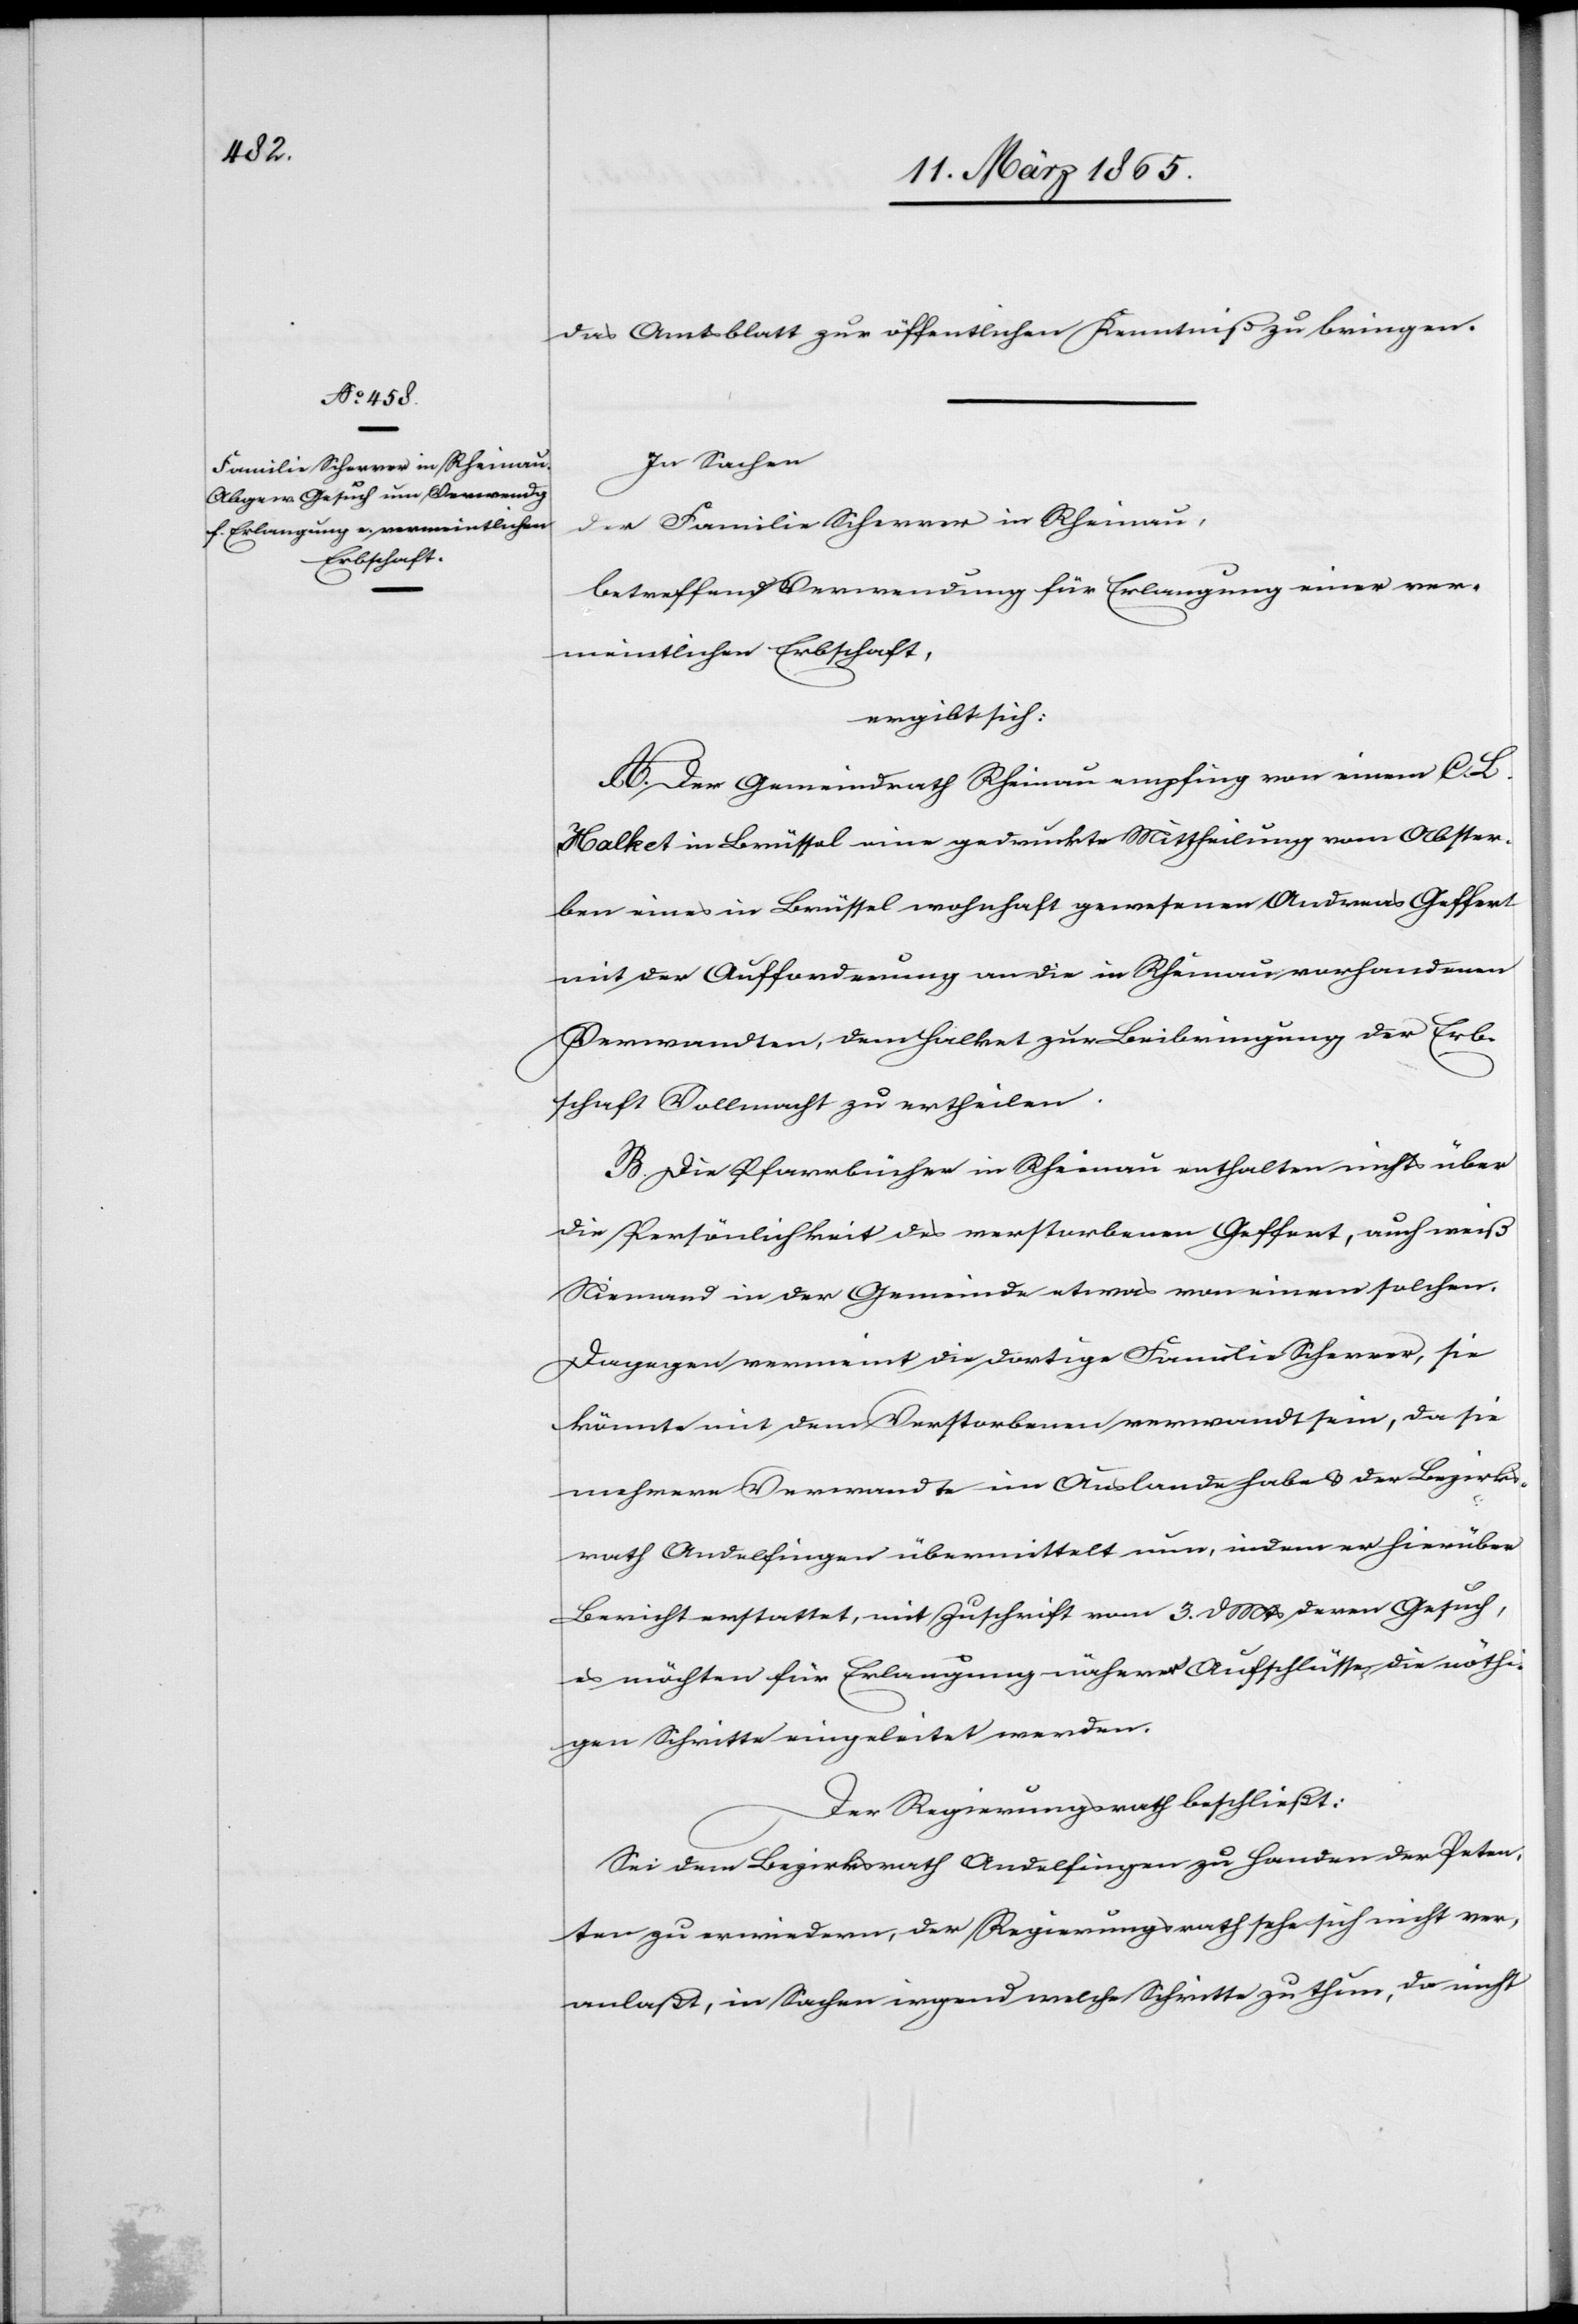
das Amtsblatt zur öffentlichen Kenntniß zu bringen.
In Sachen
der Familie Scherrer in Rheinau,
betreffend Verwendung für Erlangung einer ver¬
meintlichen Erbschaft,
A. Der Gemeindrath Rheinau empfing von einem C.
Halket in Brüssel eine gedruckte Mittheilung vom Abster¬
ben eines in Brüssel wohnhaft gewesenen Andreas Geffert
mit der Aufforderung an die in Rheinau vorhandenen
Verwandten, dem Halket zur Beibringung der Erb¬
schaft Vollmacht zu ertheilen.
B. Die Pfarrbücher in Rheinau enthalten nichts über
die Persönlichkeit des verstorbenen Geffert, auch weiß
Niemand in der Gemeinde etwas von einem solchen.
Dagegen vermeint die dortige Familie Scherrer, sie
könnte mit dem Verstorbenen verwandt sein, da sie
mehrere Verwandte im Auslande habe & der Bezirks¬
rath Andelfingen übermittelt nun, indem er hierüber
Bericht erstattet, mit Zuschrift vom 3. d Mts deren Gesuch,
es möchten für Erlangung näherer Aufschlüsse die nöthi¬
gen Schritte eingeleitet werden.
Der Regierungsrath beschließt:
Sei dem Bezirksrath Andelfingen zu Handen der Peten¬
ten zu erwiedern, der Regierungsrath sehe sich nicht ver¬
anlaßt, in Sachen irgend welche Schritte zu thun, da nicht